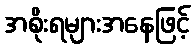
အစိုးရများအနေဖြင့်